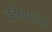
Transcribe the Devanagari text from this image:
कोषपालों